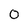
Character: O